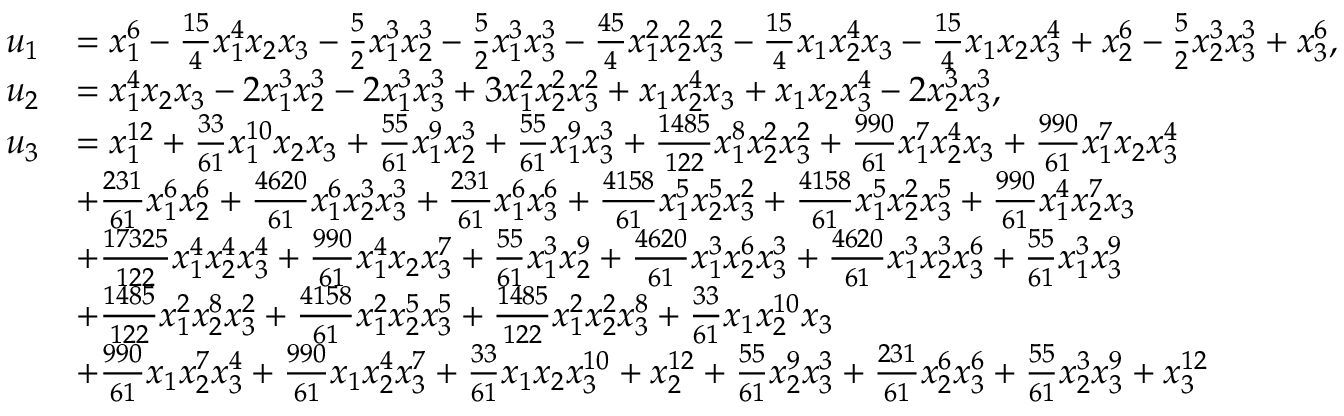
\begin{array} { r l } { u _ { 1 } } & { = x _ { 1 } ^ { 6 } - \frac { 1 5 } { 4 } x _ { 1 } ^ { 4 } x _ { 2 } x _ { 3 } - \frac { 5 } { 2 } x _ { 1 } ^ { 3 } x _ { 2 } ^ { 3 } - \frac { 5 } { 2 } x _ { 1 } ^ { 3 } x _ { 3 } ^ { 3 } - \frac { 4 5 } { 4 } x _ { 1 } ^ { 2 } x _ { 2 } ^ { 2 } x _ { 3 } ^ { 2 } - \frac { 1 5 } { 4 } x _ { 1 } x _ { 2 } ^ { 4 } x _ { 3 } - \frac { 1 5 } { 4 } x _ { 1 } x _ { 2 } x _ { 3 } ^ { 4 } + x _ { 2 } ^ { 6 } - \frac { 5 } { 2 } x _ { 2 } ^ { 3 } x _ { 3 } ^ { 3 } + x _ { 3 } ^ { 6 } , } \\ { u _ { 2 } } & { = x _ { 1 } ^ { 4 } x _ { 2 } x _ { 3 } - 2 x _ { 1 } ^ { 3 } x _ { 2 } ^ { 3 } - 2 x _ { 1 } ^ { 3 } x _ { 3 } ^ { 3 } + 3 x _ { 1 } ^ { 2 } x _ { 2 } ^ { 2 } x _ { 3 } ^ { 2 } + x _ { 1 } x _ { 2 } ^ { 4 } x _ { 3 } + x _ { 1 } x _ { 2 } x _ { 3 } ^ { 4 } - 2 x _ { 2 } ^ { 3 } x _ { 3 } ^ { 3 } , } \\ { u _ { 3 } } & { = x _ { 1 } ^ { 1 2 } + \frac { 3 3 } { 6 1 } x _ { 1 } ^ { 1 0 } x _ { 2 } x _ { 3 } + \frac { 5 5 } { 6 1 } x _ { 1 } ^ { 9 } x _ { 2 } ^ { 3 } + \frac { 5 5 } { 6 1 } x _ { 1 } ^ { 9 } x _ { 3 } ^ { 3 } + \frac { 1 4 8 5 } { 1 2 2 } x _ { 1 } ^ { 8 } x _ { 2 } ^ { 2 } x _ { 3 } ^ { 2 } + \frac { 9 9 0 } { 6 1 } x _ { 1 } ^ { 7 } x _ { 2 } ^ { 4 } x _ { 3 } + \frac { 9 9 0 } { 6 1 } x _ { 1 } ^ { 7 } x _ { 2 } x _ { 3 } ^ { 4 } } \\ & { + \frac { 2 3 1 } { 6 1 } x _ { 1 } ^ { 6 } x _ { 2 } ^ { 6 } + \frac { 4 6 2 0 } { 6 1 } x _ { 1 } ^ { 6 } x _ { 2 } ^ { 3 } x _ { 3 } ^ { 3 } + \frac { 2 3 1 } { 6 1 } x _ { 1 } ^ { 6 } x _ { 3 } ^ { 6 } + \frac { 4 1 5 8 } { 6 1 } x _ { 1 } ^ { 5 } x _ { 2 } ^ { 5 } x _ { 3 } ^ { 2 } + \frac { 4 1 5 8 } { 6 1 } x _ { 1 } ^ { 5 } x _ { 2 } ^ { 2 } x _ { 3 } ^ { 5 } + \frac { 9 9 0 } { 6 1 } x _ { 1 } ^ { 4 } x _ { 2 } ^ { 7 } x _ { 3 } } \\ & { + \frac { 1 7 3 2 5 } { 1 2 2 } x _ { 1 } ^ { 4 } x _ { 2 } ^ { 4 } x _ { 3 } ^ { 4 } + \frac { 9 9 0 } { 6 1 } x _ { 1 } ^ { 4 } x _ { 2 } x _ { 3 } ^ { 7 } + \frac { 5 5 } { 6 1 } x _ { 1 } ^ { 3 } x _ { 2 } ^ { 9 } + \frac { 4 6 2 0 } { 6 1 } x _ { 1 } ^ { 3 } x _ { 2 } ^ { 6 } x _ { 3 } ^ { 3 } + \frac { 4 6 2 0 } { 6 1 } x _ { 1 } ^ { 3 } x _ { 2 } ^ { 3 } x _ { 3 } ^ { 6 } + \frac { 5 5 } { 6 1 } x _ { 1 } ^ { 3 } x _ { 3 } ^ { 9 } } \\ & { + \frac { 1 4 8 5 } { 1 2 2 } x _ { 1 } ^ { 2 } x _ { 2 } ^ { 8 } x _ { 3 } ^ { 2 } + \frac { 4 1 5 8 } { 6 1 } x _ { 1 } ^ { 2 } x _ { 2 } ^ { 5 } x _ { 3 } ^ { 5 } + \frac { 1 4 8 5 } { 1 2 2 } x _ { 1 } ^ { 2 } x _ { 2 } ^ { 2 } x _ { 3 } ^ { 8 } + \frac { 3 3 } { 6 1 } x _ { 1 } x _ { 2 } ^ { 1 0 } x _ { 3 } } \\ & { + \frac { 9 9 0 } { 6 1 } x _ { 1 } x _ { 2 } ^ { 7 } x _ { 3 } ^ { 4 } + \frac { 9 9 0 } { 6 1 } x _ { 1 } x _ { 2 } ^ { 4 } x _ { 3 } ^ { 7 } + \frac { 3 3 } { 6 1 } x _ { 1 } x _ { 2 } x _ { 3 } ^ { 1 0 } + x _ { 2 } ^ { 1 2 } + \frac { 5 5 } { 6 1 } x _ { 2 } ^ { 9 } x _ { 3 } ^ { 3 } + \frac { 2 3 1 } { 6 1 } x _ { 2 } ^ { 6 } x _ { 3 } ^ { 6 } + \frac { 5 5 } { 6 1 } x _ { 2 } ^ { 3 } x _ { 3 } ^ { 9 } + x _ { 3 } ^ { 1 2 } } \end{array}